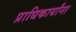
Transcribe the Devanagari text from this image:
प्राधिकार्यांना